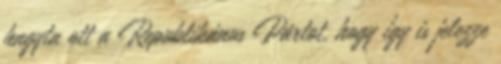
hagyta ott a Republikánus Pártot, hogy így is jelezze